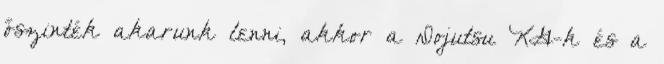
őszinték akarunk lenni, akkor a Dojutsu KG-k és a